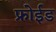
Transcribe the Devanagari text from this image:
फ्रोईड